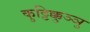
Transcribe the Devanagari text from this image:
कुट्टिक्कुञ्ञु